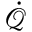
\dot { \mathcal { Q } }